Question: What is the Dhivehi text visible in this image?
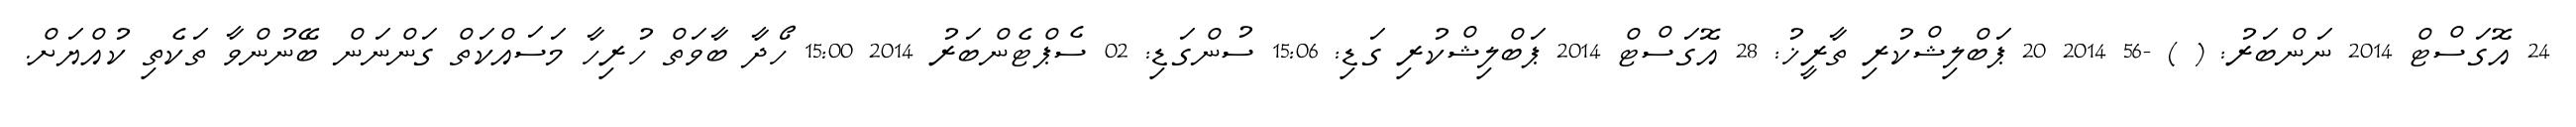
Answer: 24 އޮގަސްޓް 2014 ނަންބަރު: ( ) -56 2014 20 ޕަބްލިޝްކުރި ތާރީޚު: 28 އޮގަސްޓް 2014 ޕަބްލިޝްކުރި ގަޑި: 15:06 ސުންގަޑި: 02 ސެޕްޓެންބަރު 2014 15:00 ހޯދާ ބާވަތް ހުރިހާ މަސައްކަތް ގަންނަން ބޭނުންވާ ތަކެތި ކުއްޔަށް.